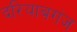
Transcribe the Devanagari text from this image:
दरियाबगंज